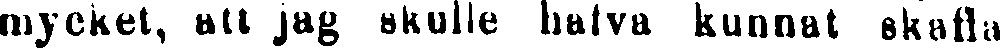
mycket, att jag skulle halva kunnat skaffa